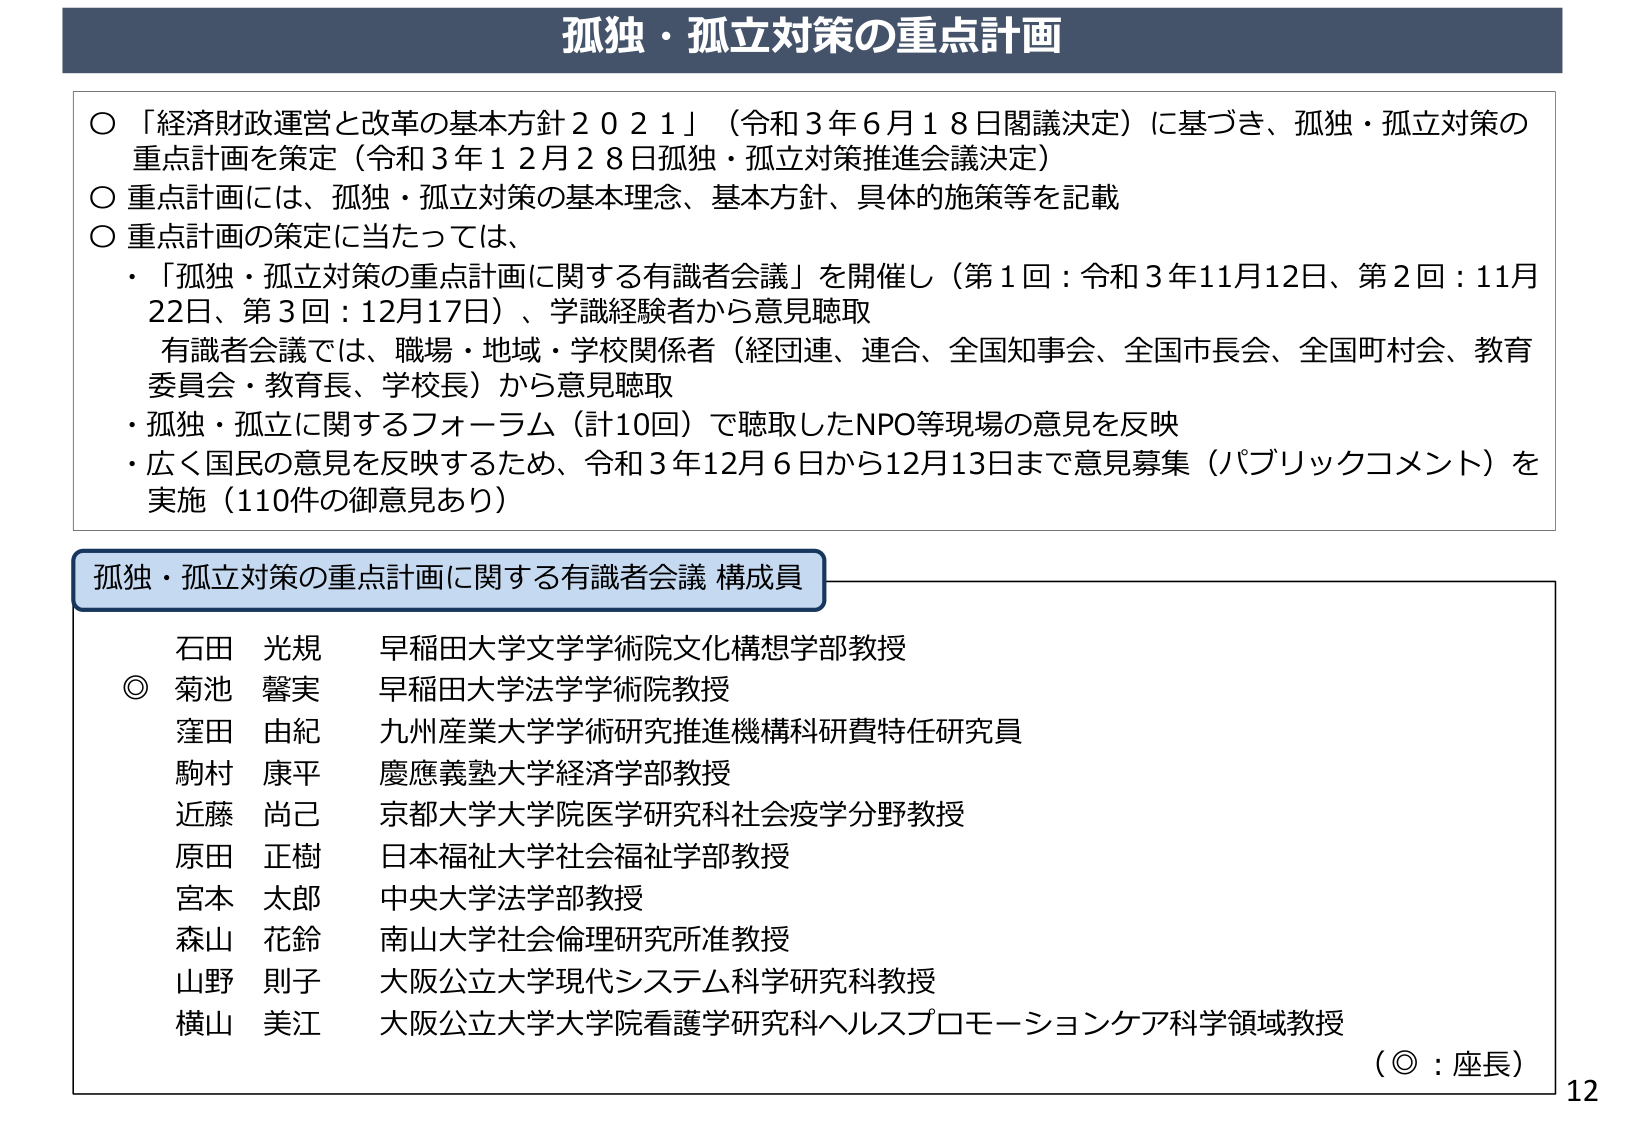
孤独・孤立対策の重点計画

○「経済財政運営と改革の基本方針２０２１」（令和３年６月１８日閣議決定）に基づき、孤独・孤立対策の重点計画を策定（令和３年１２月２８日孤独・孤立対策推進会議決定）
○重点計画には、孤独・孤立対策の基本理念、基本方針、具体的施策等を記載
○重点計画の策定に当たっては、
・「孤独・孤立対策の重点計画に関する有識者会議」を開催し（第１回：令和３年11月12日、第２回：11月22日、第３回：12月17日）、学識経験者から意見聴取
　有識者会議では、職場・地域・学校関係者（経団連、連合、全国知事会、全国市長会、全国町村会、教育委員会・教育長、学校長）から意見聴取
・孤独・孤立に関するフォーラム（計10回）で聴取したNPO等現場の意見を反映
・広く国民の意見を反映するため、令和３年12月６日から12月13日まで意見募集（パブリックコメント）を実施（110件の御意見あり）

孤独・孤立対策の重点計画に関する有識者会議 構成員

石田 光規 早稲田大学文学学術院文化構想学部教授
◎ 菊池 馨実 早稲田大学法学学術院教授
窪田 由紀 九州産業大学学術研究推進機構科研費特任研究員
駒村 康平 慶應義塾大学経済学部教授
近藤 尚己 京都大学大学院医学研究科社会疫学分野教授
原田 正樹 日本福祉大学社会福祉学部教授
宮本 太郎 中央大学法学部教授
森山 花鈴 南山大学社会倫理研究所准教授
山野 則子 大阪公立大学現代システム科学研究科教授
横山 美江 大阪公立大学大学院看護学研究科ヘルスプロモーションケア科学領域教授
（◎：座長）

12